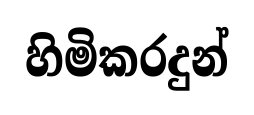
හිමිකරදුන්